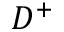
D ^ { + }